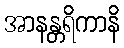
အာနန္တရိကာနိ